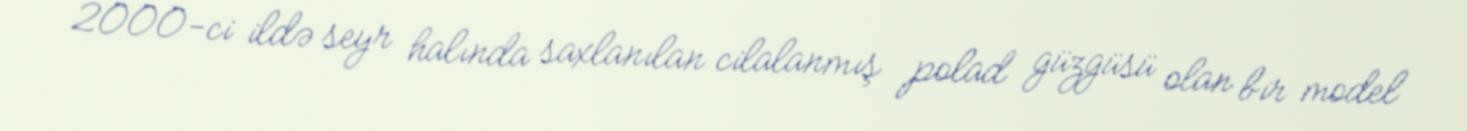
2000-ci ildə seyr halında saxlanılan cilalanmış polad güzgüsü olan bir model